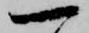
一